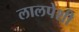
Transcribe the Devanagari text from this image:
लालपेशी